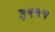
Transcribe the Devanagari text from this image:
३९९१